Indian Medical Review
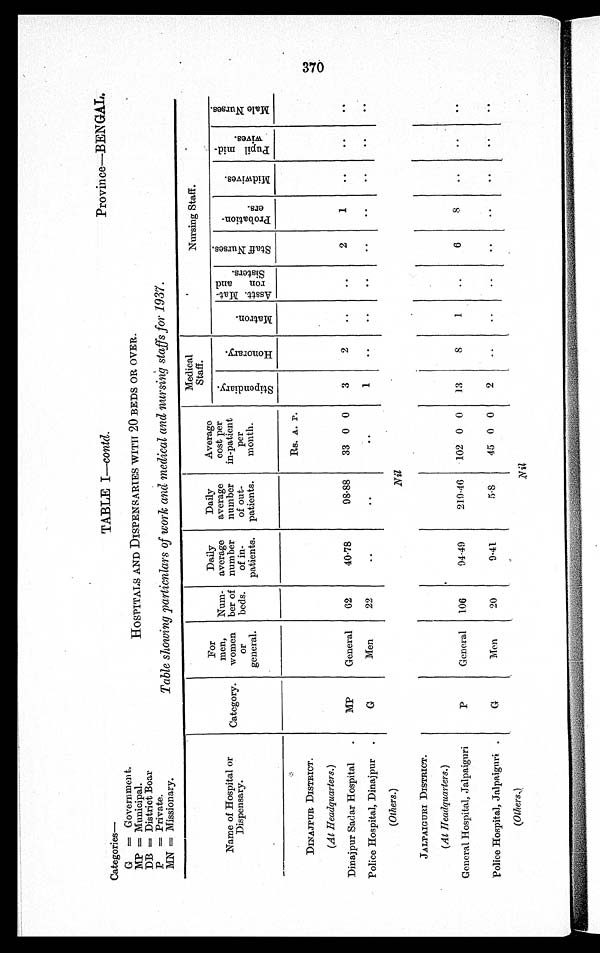
Categories—
TABLE I—contd.
Province—BENGAL.
G = Government.
MP = Municipal.
DB = District Boar
HOSPITALS AND DISPENSARIES WITH 20 BEDS OR OVER.
P
= Private.
MN = Missionary.
Table showing particulars of work and medical and nursing staffs for 1937.
Name of Hospital or
Dispensary .
Category.
For
men,
women
O r
general.
Num-
ber of
beds.
Daily
average
number
of in-
patients.
Daily
average
number
of out-
patients.
Average
cost per
in-patient
per
month.
Medical
Staff.
Nursing Staff.
S t i p e n d i a r y .
H o n o r a r y .
M a t r o n .
Asst.Mat- ron and
Sisters.
S t a f f N u r s e s .
P r o b a t i o n =
e r s .
M i d w i v e s .
P u p i l m i d -
wi ve s .
M a l e N u r s e s .
Rs. A. P.
DINAJPUR DISTRICT.
(At Headquarters. )
Dinajpur Sadar Hospital
MP
General
62
40·78
98·88
33 0 0
3
2
..
..
2
1
..
. .
..
Police Hospital, Dinajpur
G
Men
22
..
..
..
1
..
..
..
..
..
..
..
..
(Others.)
Nil
JALPAIGURI DISTRICT.
(At Headquarters. )
General Hospital, Jalpaiguri
P
General
106
94·49
219·46
102 0 0
13
8
1
..
6
8 ..
. .
. .
Police Hospital, Jalpaiguri
G
Men
20
9·41
5·8
45 0 0
2
..
..
..
..
..
..
. .
. .
(Others.)
N i l
370